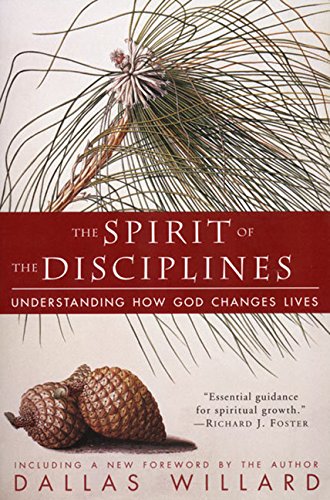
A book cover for The Spirit of the Disciplines: Understanding How God Changes Lives; Dallas Willard; Religion & Spirituality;